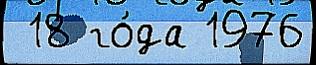
 18 го́да 1976